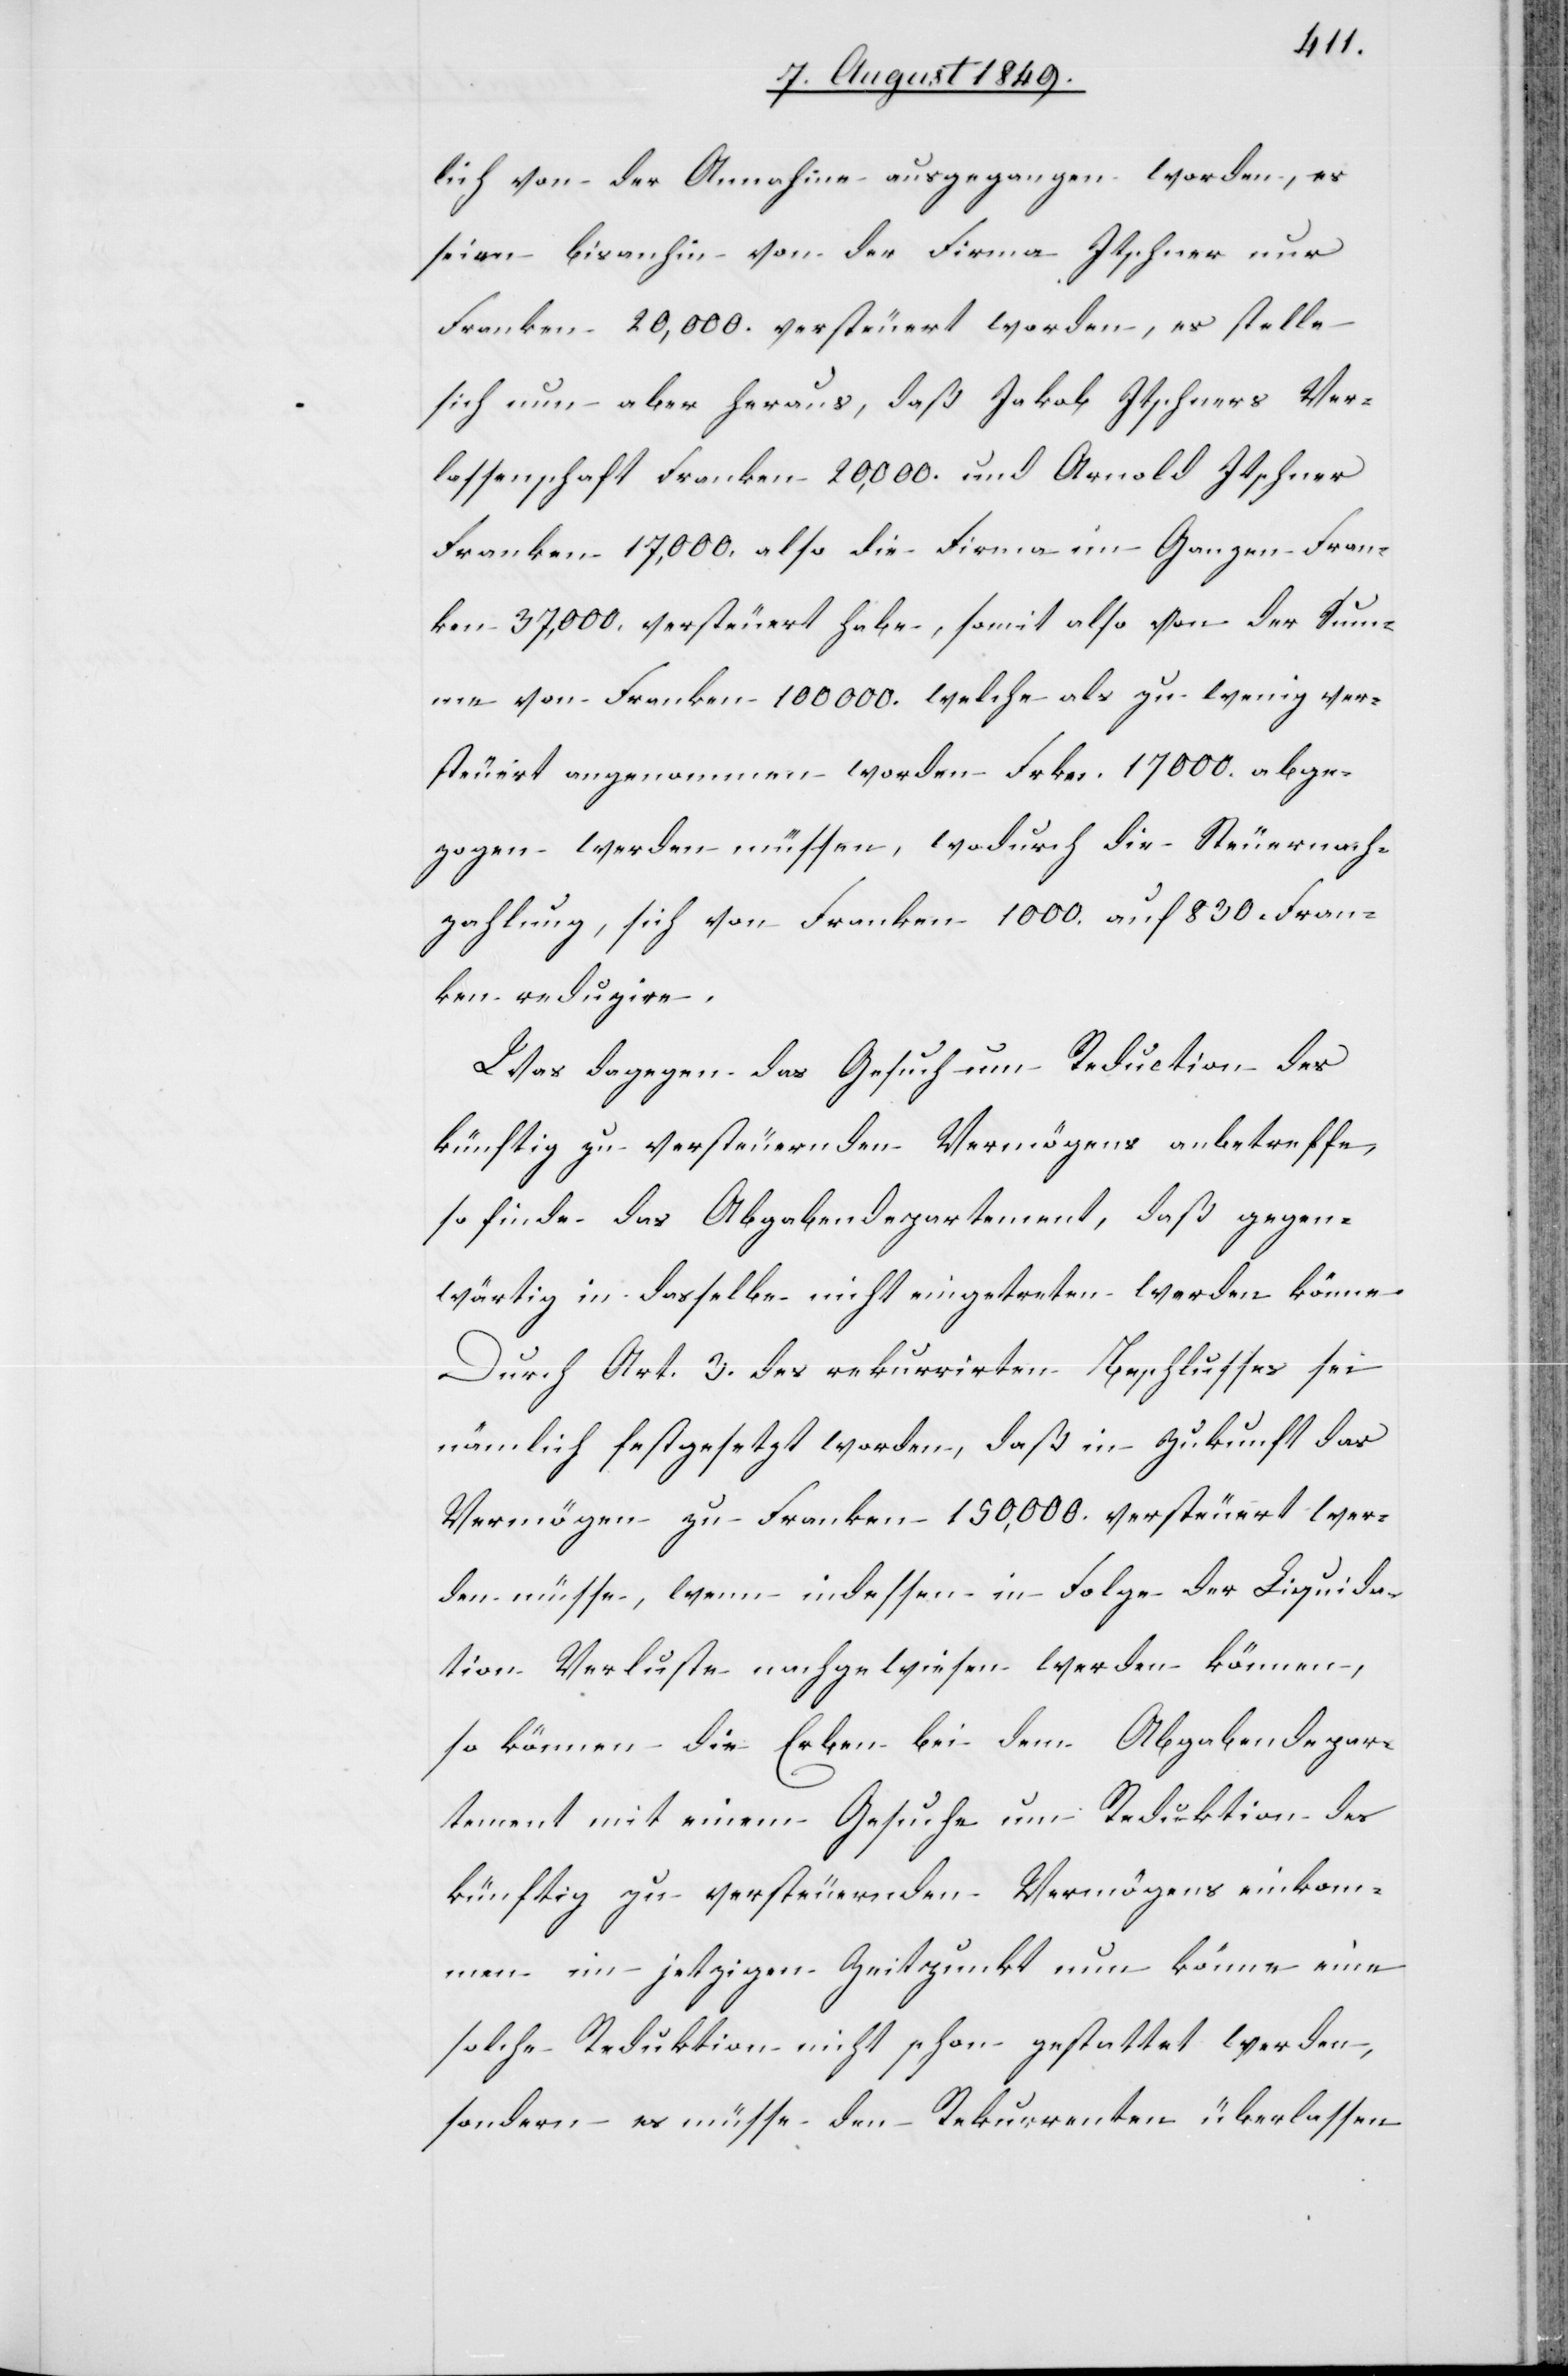
lich von der Annahme ausgegangen worden, es
seien bisanhin von der Firma Itschner nur
Franken 20,000. versteuert worden, es stelle
sich nun aber heraus, daß Jakob Itschners Ver¬
lassenschaft Franken 20,000. und Arnold Itschner
Franken 17,000. also die Firma im Ganzen Fran¬
ken 37,000. versteuert habe, somit also von der Sum¬
me von Franken 100 000. welche als zu wenig ver¬
steuert angenommen worden Frkn. 17 000. abge¬
zogen werden müssen, wodurch die Steuernach¬
zahlung, sich von Franken 1 000. auf 830. Fran¬
ken redigire.
Was dagegen das Gesuch um Reduction des
künftig zu versteuernden Vermögens anbetreffe,
so finde das Abgabendepartement, daß gegen¬
wärtig in dasselbe nicht eingetreten werden könne.
Durch Art. 3. des rekurrirten Beschlusses sei
nämlich festgesetzt worden, daß in Zukunft das
Vermögen zu Franken 150,000. versteuert wer¬
den müsse, wenn indessen in Folge der Liquida¬
tion Verluste nachgewiesen werden können,
so können die Erben bei dem Abgabendepar¬
tement mit einem Gesuche um Reduktion des
künftig zu versteuernden Vermögens einkommen
im jetzigen Zeitpunkt nun könne eine
solche Reduktion nicht schon gestattet werden,
sondern es müsse den Rekurrenten überlassen